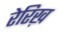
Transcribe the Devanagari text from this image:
रेरिख़